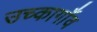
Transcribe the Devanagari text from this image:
उच्कागाँव